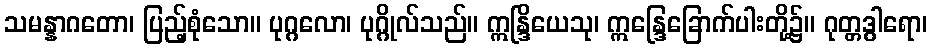
သမန္နာဂတော၊ ပြည့်စုံသော။ ပုဂ္ဂလော၊ ပုဂ္ဂိုလ်သည်။ ဣန္ဒြိယေသု၊ ဣန္ဒြေခြောက်ပါးတို့၌။ ဂုတ္တဒွါရော၊